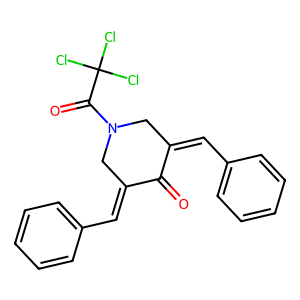
SMILES: O=C1C(=Cc2ccccc2)CN(C(=O)C(Cl)(Cl)Cl)CC1=Cc1ccccc1
Inhibits HIV replication: No